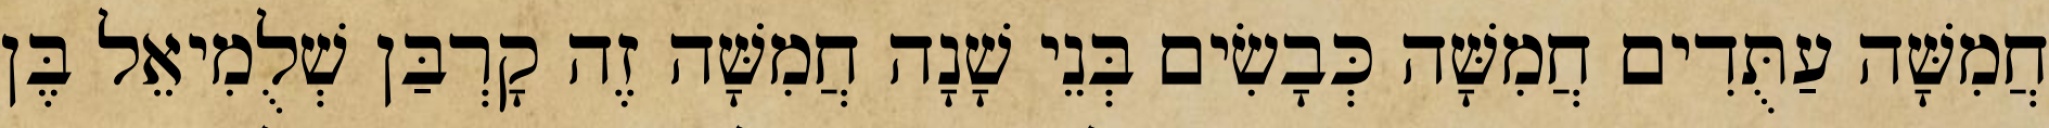
חֲמִשָּׁה עַתֻּדִים חֲמִשָּׁה כְּבָשִׂים בְּנֵי שָׁנָה חֲמִשָּׁה זֶה קָרְבַּן שְׁלֻמִיאֵל בֶּן